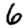
Digit: 6